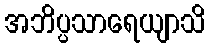
အဘိပ္ပသာရေယျာသိ